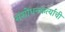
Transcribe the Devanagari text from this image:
संशोधनकर्त्याची